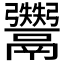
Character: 𱆔